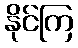
နိုင်ကြ